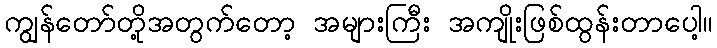
ကျွန်တော်တို့အတွက်တော့ အများကြီး အကျိုးဖြစ်ထွန်းတာပေါ့။